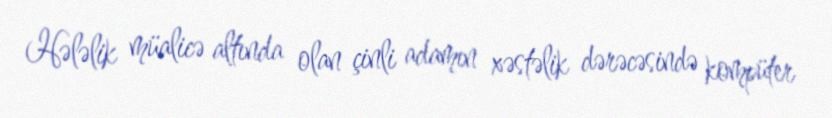
Hələlik müalicə altında olan çinli adamın xəstəlik dərəcəsində kompüter